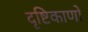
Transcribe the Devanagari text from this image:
दृष्टिकाणों